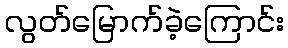
လွတ်မြောက်ခဲ့ကြောင်း